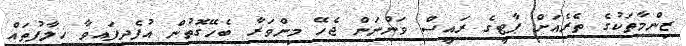
ޒިންމާތަކުގެ ތެރެއަށް ޕާޓީގެ ރައީސް ވަންނަން ޖެހޭ މިންވަރާ ބެހޭގޮތުން އުފެދިފައިވާ ޚިލާފުތައް